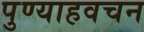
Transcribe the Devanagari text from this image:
पुण्याहवचन